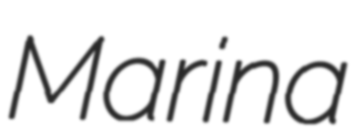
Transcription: Marina